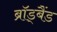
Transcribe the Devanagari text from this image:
ब्रॉड्बैंड